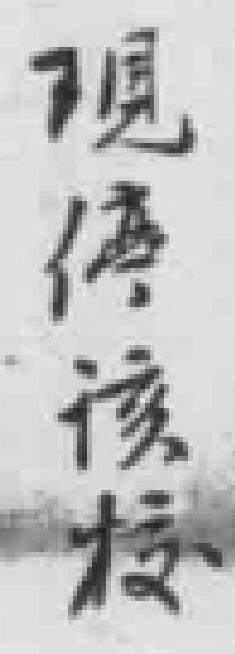
現停该校